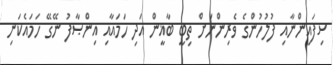
ސިފައިންނާއި ފުލުހުންގެ ވެރިންނަށް ތިބީ ބާޣީން އަދި ހަމައާއި އިންޞާފު ނޭގޭ ހަމައެކަނި